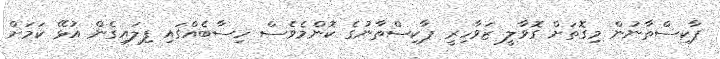
ޕާކިސްތާނުން މިގޮތަށް ގޮވާލީ ޒަވާހިރީ ޕާކިސްތާނުގެ ކޮންމެވެސް ހިސާބެއްގައި ފިލައިގެން އުޅޭ ކަމަށް